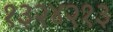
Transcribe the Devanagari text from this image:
१३२४२१३